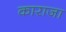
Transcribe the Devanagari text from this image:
काराजा